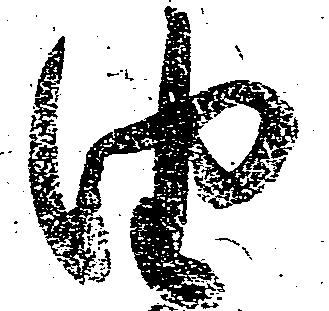
由